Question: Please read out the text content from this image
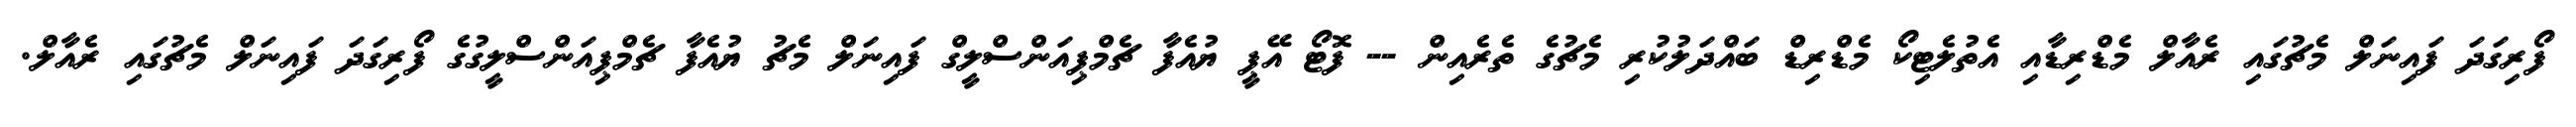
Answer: ފޯރިގަދަ ފައިނަލް މެޗުގައި ރެއާލް މެޑްރިޑާއި އެތުލެޓިކޯ މެޑްރިޑް ބައްދަލުކުރި މެޗުގެ ތެރެއިން -- ފޮޓޯ އޭޕީ ޔުއެފާ ޗެމްޕިއަންސްލީގް ފައިނަލް މެޗު ޔުއެފާ ޗެމްޕިއަންސްލީގުގެ ފޯރިގަދަ ފައިނަލް މެޗުގައި ރެއާލް.